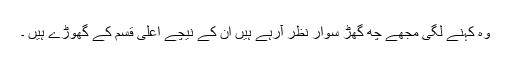
وہ کہنے لگی مجھے چھ گھڑ سوار نظر آرہے ہیں ان کے نیچے اعلٰی قسم کے گھوڑے ہیں ۔